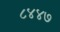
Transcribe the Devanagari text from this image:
८४४७